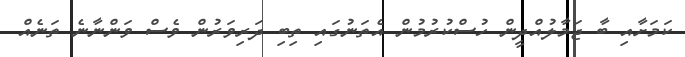
ކަމަށާއި ބާ ޖަމާލުއްދީން ހުސްކުރުމުން އެތަނުގައި ތިބި ދަރިވަރުން ވެސް ވަންނާނެ ތަނެއް